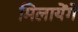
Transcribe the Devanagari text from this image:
मिलायेंगे